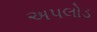
અપલોડ